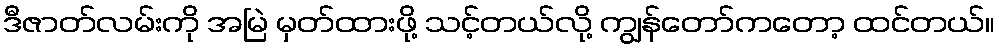
ဒီဇာတ်လမ်းကို အမြဲ မှတ်ထားဖို့ သင့်တယ်လို့ ကျွန်တော်ကတော့ ထင်တယ်။